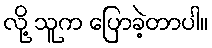
လို့ သူက ပြောခဲ့တာပါ။